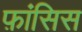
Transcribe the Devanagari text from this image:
फ़ांसिस